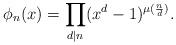
LaTeX: \begin{align*}\phi_n(x)=\prod_{d|n}(x^d-1)^{\mu(\frac{n}{d})}.\end{align*}